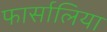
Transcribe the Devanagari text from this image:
फार्सालिया